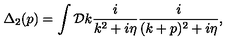
\Delta _ { 2 } ( p ) = \int { \cal D } k \frac { i } { k ^ { 2 } + i \eta } \frac { i } { ( k + p ) ^ { 2 } + i \eta } ,